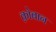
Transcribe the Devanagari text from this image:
क़ोबान